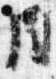
同